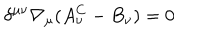
\delta ^ { \mu \nu } \nabla _ { \mu } ( A _ { \nu } ^ { C } - B _ { \nu } ) = 0